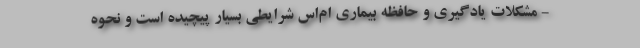
- مشکلات یادگیری و حافظه بیماری ام‌اس شرایطی بسیار پیچیده است و نحوه